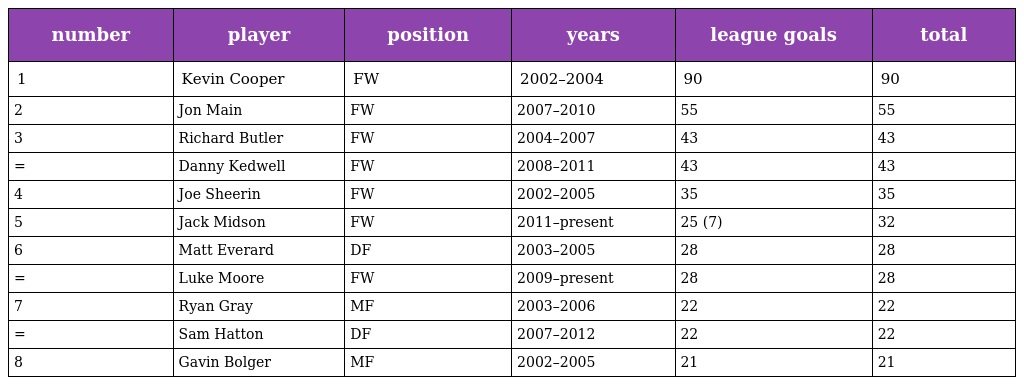
| number | player | position | years | league goals | total |
 | --- | --- | --- | --- | --- | --- |
 | 1 | Kevin Cooper | FW | 2002–2004 | 90 | 90 |
 | 2 | Jon Main | FW | 2007–2010 | 55 | 55 |
 | 3 | Richard Butler | FW | 2004–2007 | 43 | 43 |
 | = | Danny Kedwell | FW | 2008–2011 | 43 | 43 |
 | 4 | Joe Sheerin | FW | 2002–2005 | 35 | 35 |
 | 5 | Jack Midson | FW | 2011–present | 25 (7) | 32 |
 | 6 | Matt Everard | DF | 2003–2005 | 28 | 28 |
 | = | Luke Moore | FW | 2009–present | 28 | 28 |
 | 7 | Ryan Gray | MF | 2003–2006 | 22 | 22 |
 | = | Sam Hatton | DF | 2007–2012 | 22 | 22 |
 | 8 | Gavin Bolger | MF | 2002–2005 | 21 | 21 |